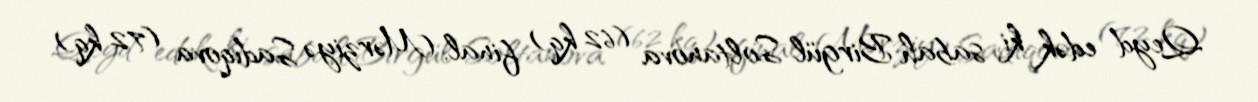
Qeyd edək ki, sabah Birgül Soltanova (62 kq) final, Mərziyə Sadıqova (72 kq)